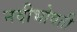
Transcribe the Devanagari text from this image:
नदीभोवती